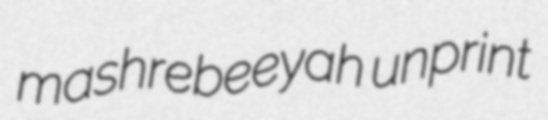
mashrebeeyah unprint